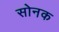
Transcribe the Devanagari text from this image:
सोनक